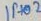
Text: IP+02